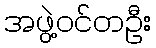
အဖွဲ့ဝင်တဦး